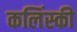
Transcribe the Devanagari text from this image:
कलिंस्की